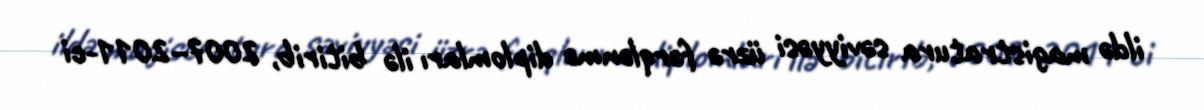
ildə magistratura səviyyəsi üzrə fərqlənmə diplomları ilə bitirib, 2007–2011-ci